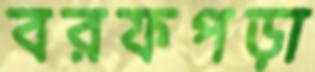
বরফপড়া